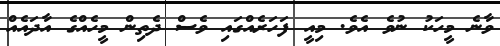
ވާނެ މީހަކު ނުވެ އެވެ. މިއީ ފަހަރެއްގައި ވެސް ދެތިން މީހެއްގެ އާދައެއް